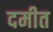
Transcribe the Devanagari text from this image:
दमीत